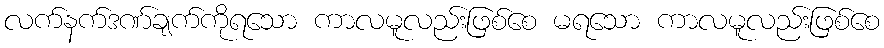
လက်နက်ဒဏ်ချက်ကိုရသော ကာလမူလည်းဖြစ်စေ မရသော ကာလမူလည်းဖြစ်စေ